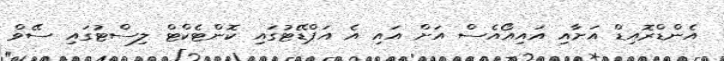
އެންޑްރޮއިޑް އަށާއި އައިއޯއެސް އަށް އައި އެ އަޕްޑޭޓުގައި ކޮންޓެކްޓް ލިސްޓުގައި ސޭވް